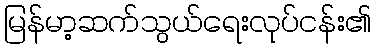
မြန်မာ့ဆက်သွယ်ရေးလုပ်ငန်း၏